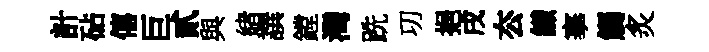
計砧僖巨貳與緖譔鏜灣跣㓛挹戌厺纎搴觸炙